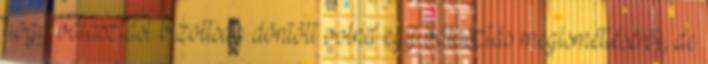
hogy választási bizottság döntött volna egy választás megismétléséről, de